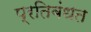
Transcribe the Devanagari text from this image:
प्रतिबंधत